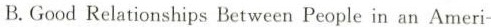
B.Good Relationships Between People in an Ameri-